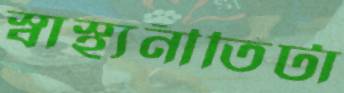
স্বাস্থ্যনীতিটা